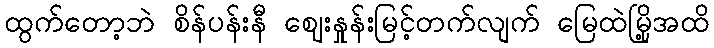
ထွက်တော့ဘဲ စိန်ပန်းနီ ဈေးနှုန်းမြင့်တက်လျက် မြေထဲမြို့အထိ